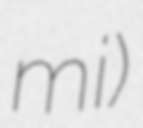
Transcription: mi)